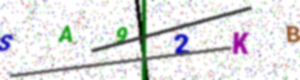
Text: SA92KB